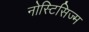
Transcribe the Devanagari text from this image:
नोस्टिसिज्म